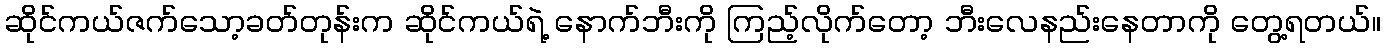
ဆိုင်ကယ်ဇက်သော့ခတ်တုန်းက ဆိုင်ကယ်ရဲ့ နောက်ဘီးကို ကြည့်လိုက်တော့ ဘီးလေနည်းနေတာကို တွေ့ရတယ်။